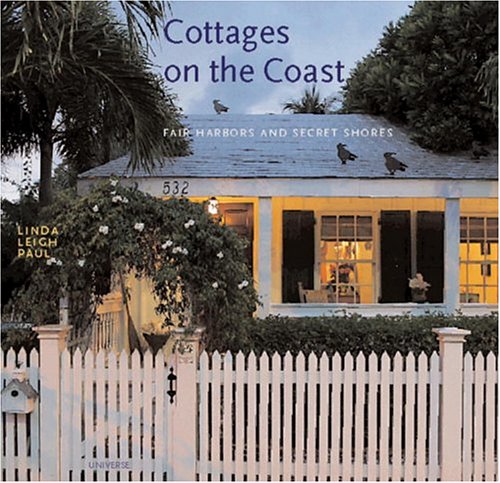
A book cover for Cottages on the Coast: Fair Harbors and Secret Shores; Linda Leigh Paul; Crafts, Hobbies & Home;